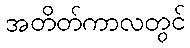
အတိတ်ကာလတွင်